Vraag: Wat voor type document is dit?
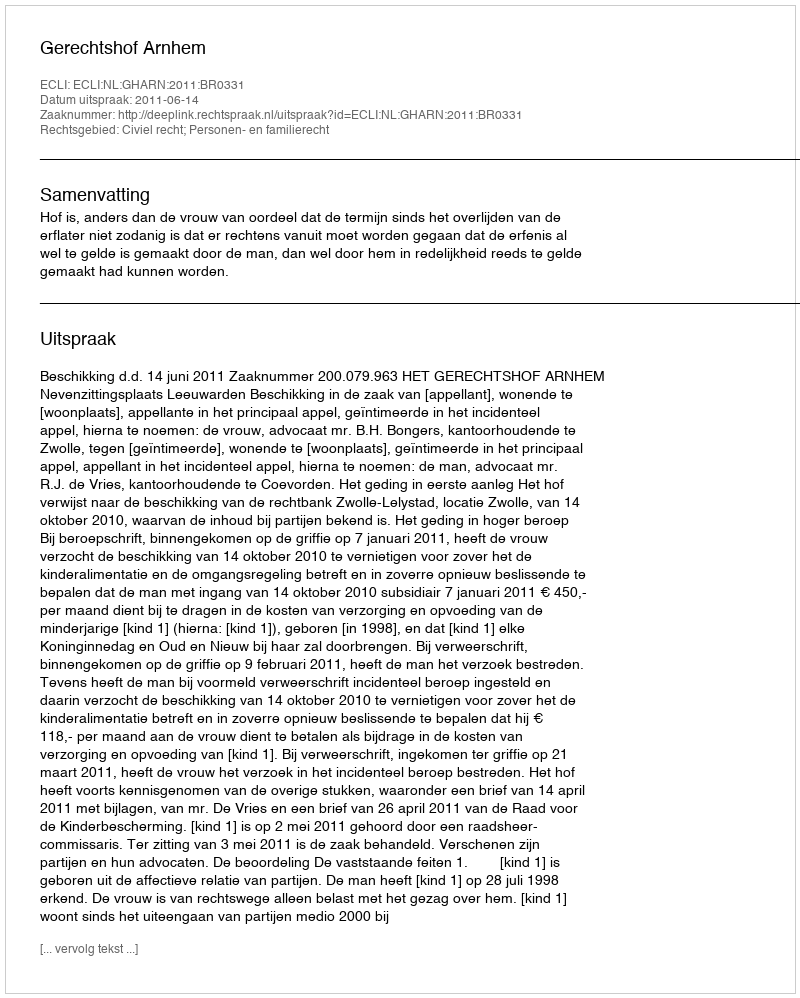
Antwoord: Uitspraak